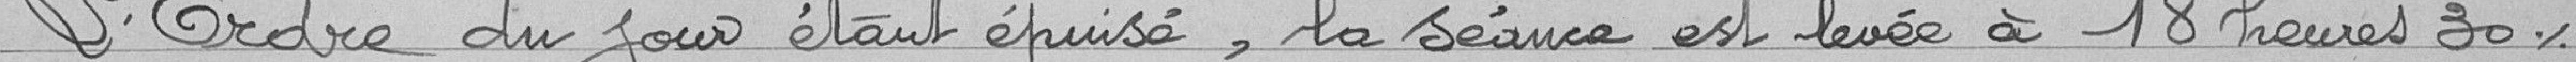
L'ordre du jour étant épuisé, la séance est levée à 18 heures 30